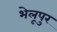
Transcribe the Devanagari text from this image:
भेलूपुर